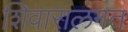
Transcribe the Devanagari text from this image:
शिवारालगत